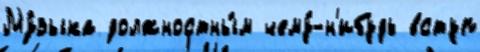
Му́зыка должностны́м чему́-н'ибудь вступ